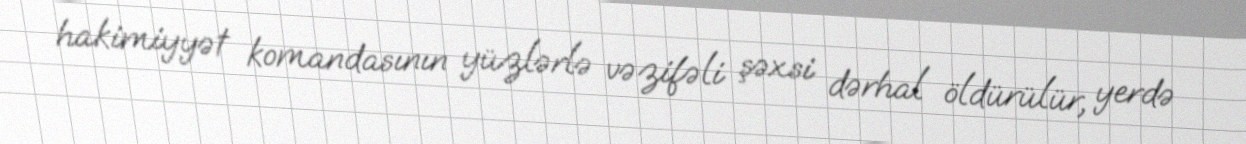
hakimiyyət komandasının yüzlərlə vəzifəli şəxsi dərhal öldürülür, yerdə